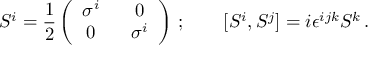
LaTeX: S ^ { i } = { \frac { 1 } { 2 } } \left( \begin{array} { c c } { { \sigma ^ { i } ~ } } & { { ~ 0 } } \\ { { 0 ~ } } & { { ~ \sigma ^ { i } } } \end{array} \right) \, ; \qquad [ S ^ { i } , S ^ { j } ] = i \epsilon ^ { i j k } S ^ { k } \, .